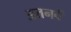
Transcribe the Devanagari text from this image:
अतनवें